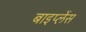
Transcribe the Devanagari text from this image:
बाइप्‍लेंस